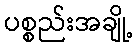
ပစ္စည်းအချို့